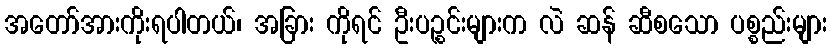
အတော်အားကိုးရပါတယ်၊ အခြား ကိုရင် ဦးပဉ္စင်းများက လဲ ဆန် ဆီစသော ပစ္စည်းများ